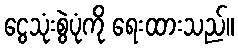
ငွေသုံးစွဲပုံကို ရေးထားသည်။